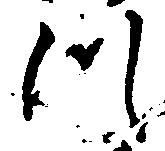
つ